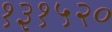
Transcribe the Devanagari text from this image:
१३१५२०